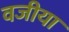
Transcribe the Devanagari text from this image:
वजीया